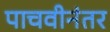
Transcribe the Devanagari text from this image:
पाचवीनंतर